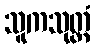
သူကသုတ္တံ